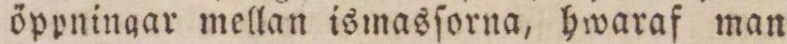
öppningar mellan ismasſorna, hwaraf man